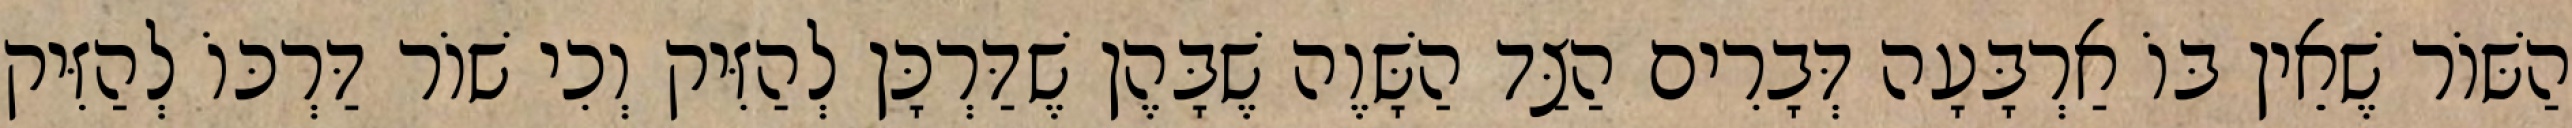
הַשּׁוֹר שֶׁאֵין בּוֹ אַרְבָּעָה דְּבָרִים הַצַּד הַשָּׁוֶה שֶׁבָּהֶן שֶׁדַּרְכָּן לְהַזִּיק וְכִי שׁוֹר דַּרְכּוֹ לְהַזִּיק